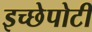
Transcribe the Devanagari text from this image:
इच्छेपोटी